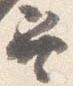
巽